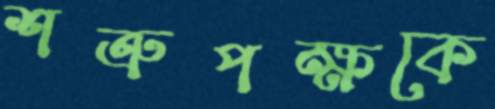
শত্রুপক্ষকে